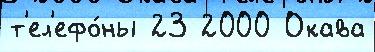
т'ел'ефо́ны 23 2000 Окава